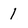
Character: 1